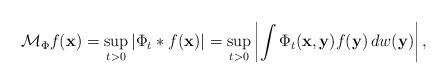
LaTeX: \begin{align*}\mathcal{M}_{\Phi}f(\mathbf{x})=\sup_{t>0}|\Phi_t * f(\mathbf{x})|=\sup_{t>0}\left|\int \Phi_t(\mathbf{x},\mathbf{y})f(\mathbf{y})\,dw(\mathbf{y})\right|,\end{align*}